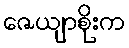
ဇေယျာစိုးက